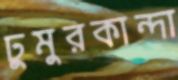
ঢুমুরকান্দা